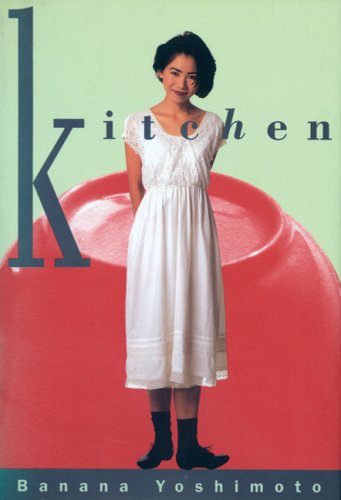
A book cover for Kitchen (A Black cat book); Banana Yoshimoto; Literature & Fiction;